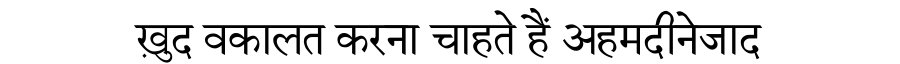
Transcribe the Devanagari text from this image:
ख़ुद वकालत करना चाहते हैं अहमदीनेजाद